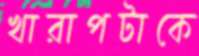
খারাপটাকে